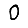
Digit: 0